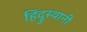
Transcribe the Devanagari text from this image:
हिंदूुस्थानी